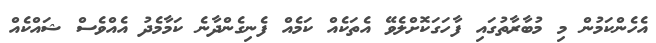
އެހެންކަމުން މި މުބާރާތުގައި ފާހަގަކޮށްލެވޭ އެތަކެއް ކަމެއް ފެނިގެންދާނެ ކަމާމެދު އެއްވެސް ޝައްކެއް